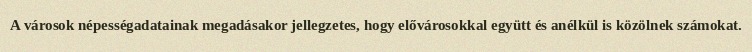
A városok népességadatainak megadásakor jellegzetes, hogy elővárosokkal együtt és anélkül is közölnek számokat.